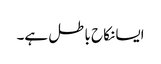
ایسا نکاح باطل ہے۔